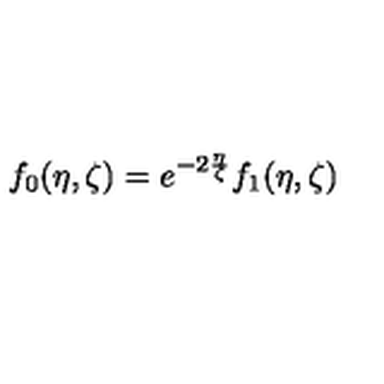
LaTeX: f _ { 0 } ( \eta , \zeta ) = e ^ { - 2 \frac { \eta } { \zeta } } f _ { 1 } ( \eta , \zeta )